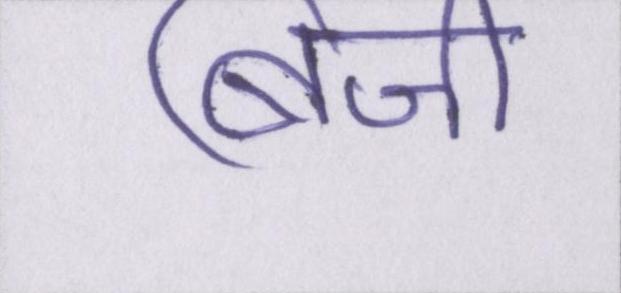
बिजी